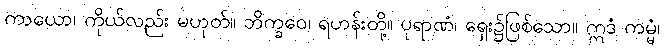
ကာယော၊ ကိုယ်လည်း မဟုတ်။ ဘိက္ခဝေ၊ ရဟန်းတို့။ ပုရာဏံ၊ ရှေး၌ဖြစ်သော။ ဣဒံ ကမ္မံ၊